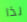
لذا